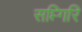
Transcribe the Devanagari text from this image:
सप्त्गिरि